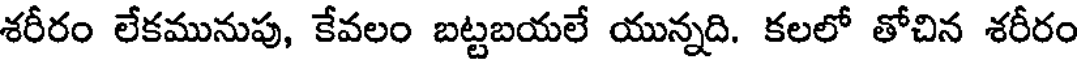
శరీరం లేకమునుపు, కేవలం బట్టబయలే యున్నది. కలలో తోచిన శరీరం